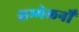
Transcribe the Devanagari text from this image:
सम्मेलनोँ